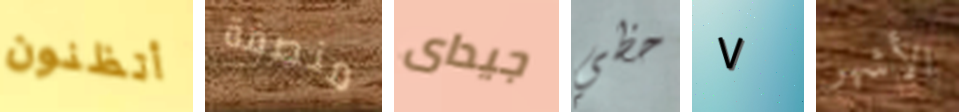
أتظنون منصفة جيداى حظي ٧ الأشهر